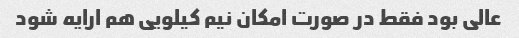
عالی بود فقط در صورت امکان نیم کیلویی هم ارایه شود